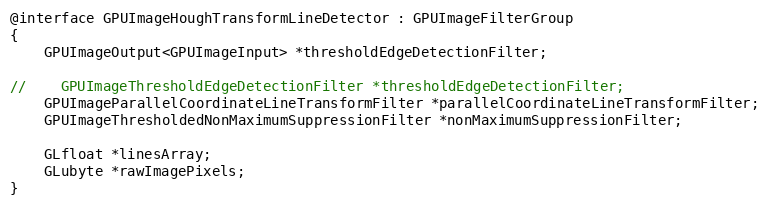
Language: C
@interface GPUImageHoughTransformLineDetector : GPUImageFilterGroup
{
    GPUImageOutput<GPUImageInput> *thresholdEdgeDetectionFilter;

//    GPUImageThresholdEdgeDetectionFilter *thresholdEdgeDetectionFilter;
    GPUImageParallelCoordinateLineTransformFilter *parallelCoordinateLineTransformFilter;
    GPUImageThresholdedNonMaximumSuppressionFilter *nonMaximumSuppressionFilter;

    GLfloat *linesArray;
    GLubyte *rawImagePixels;
}